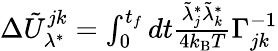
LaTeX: \begin{array}{r}{\Delta\tilde{U}_{\lambda^{*}}^{jk}=\int_{0}^{t_{f}}dt\frac{\tilde{\lambda}_{j}^{*}\tilde{\lambda}_{k}^{*}}{4k_{\mathrm{B}}T}\Gamma_{jk}^{-1}}\end{array}